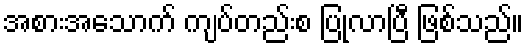
အစားအသောက် ကျပ်တည်းစ ပြုလာပြီ ဖြစ်သည်။